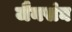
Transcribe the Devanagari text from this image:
जैनसंघ